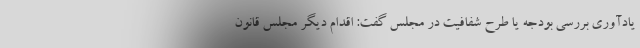
یادآوری بررسی بودجه یا طرح شفافیت در مجلس گفت: اقدام دیگر مجلس قانون